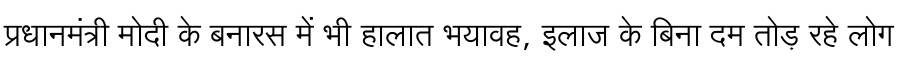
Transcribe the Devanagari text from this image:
प्रधानमंत्री मोदी के बनारस में भी हालात भयावह, इलाज के बिना दम तोड़ रहे लोग